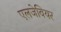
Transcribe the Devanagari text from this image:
एलजेवियर